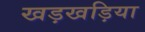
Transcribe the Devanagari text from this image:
खड़खड़िया